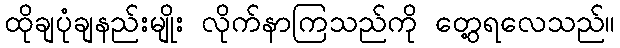
ထိုချပုံချနည်းမျိုး လိုက်နာကြသည်ကို တွေ့ရလေသည်။